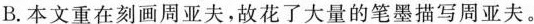
B.本文重在刻画周亚夫，故花了大量的笔墨描写周亚夫。